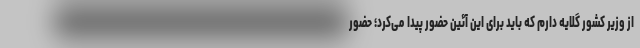
از وزیر کشور گلایه دارم که باید برای این آئین حضور پیدا می‌کرد؛ حضور